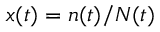
x ( t ) = n ( t ) / N ( t )